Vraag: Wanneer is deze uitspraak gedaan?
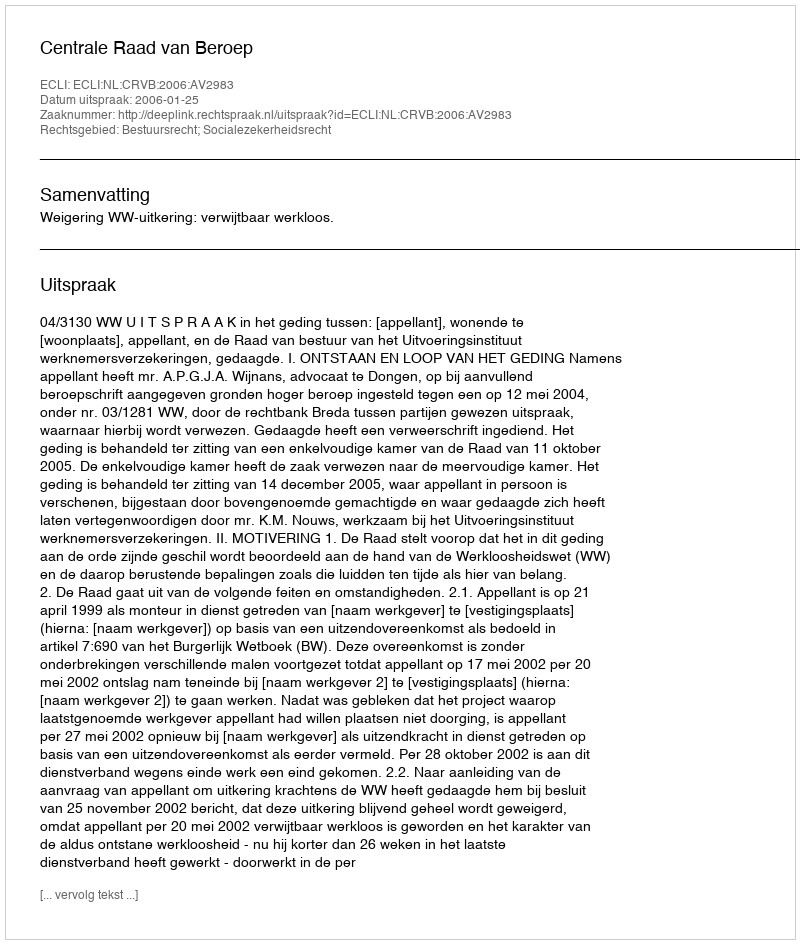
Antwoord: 2006-01-25